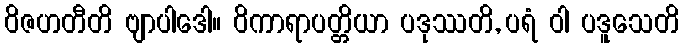
ဝိဇဟတီတိ ဗျာပါဒေါ။ ဝိကာရာပတ္တိယာ ပဒုဿတိ, ပရံ ဝါ ပဒူသေတိ